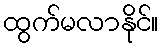
ထွက်မလာနိုင်။